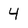
Character: 4